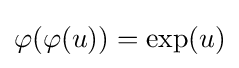
\varphi (\varphi (u))=\exp(u)